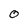
Character: O